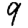
Digit: 9